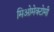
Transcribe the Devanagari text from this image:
मिओमेक्टोमी